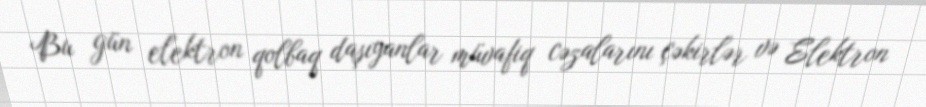
Bu gün elektron qolbaq daşıyanlar müvafiq cəzalarını çəkirlər və Elektron